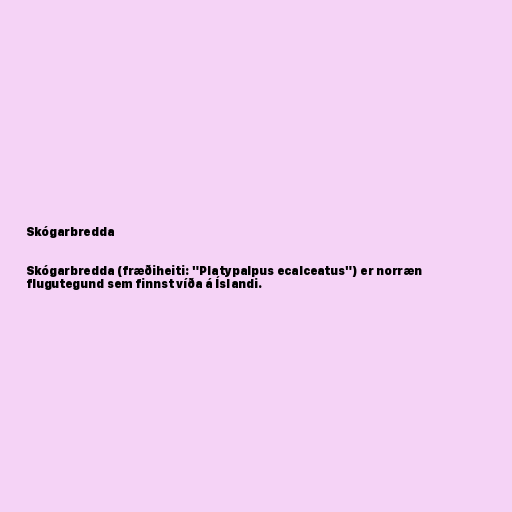
Skógarbredda

Skógarbredda (fræðiheiti: "Platypalpus ecalceatus") er norræn
flugutegund sem finnst víða á Íslandi.